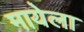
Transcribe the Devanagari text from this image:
मायेला